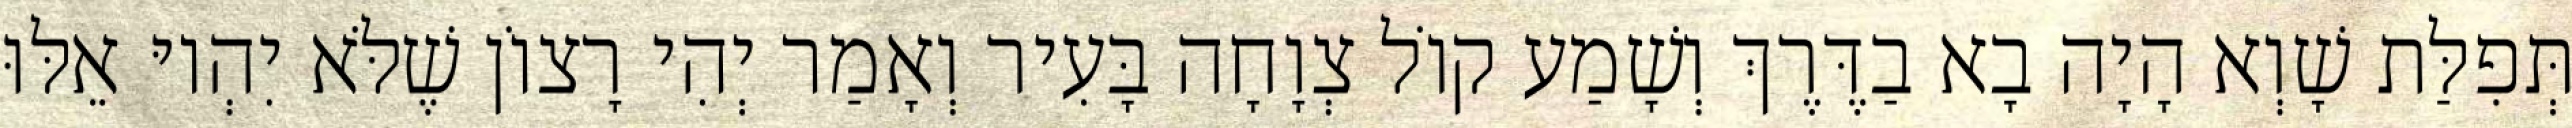
תְּפִלַּת שָׁוְא הָיָה בָא בַדֶּרֶךְ וְשָׁמַע קוֹל צְוָחָה בָּעִיר וְאָמַר יְהִי רָצוֹן שֶׁלֹּא יִהְיוּ אֵלּוּ